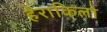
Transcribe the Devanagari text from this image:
हेराकिलो